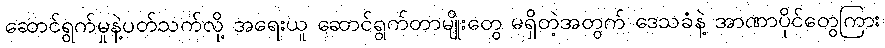
ဆောင်ရွက်မှုနဲ့ပတ်သက်လို့ အရေးယူ ဆောင်ရွက်တာမျိုးတွေ မရှိတဲ့အတွက် ဒေသခံနဲ့ အာဏာပိုင်တွေကြား